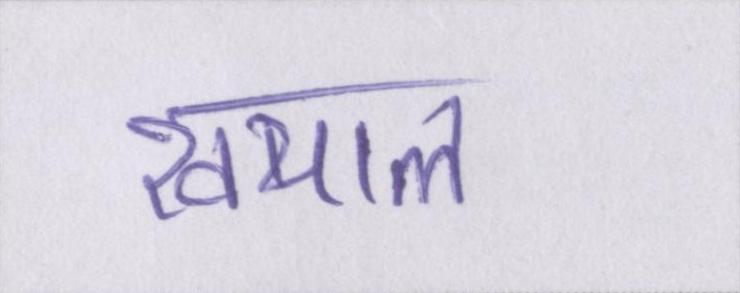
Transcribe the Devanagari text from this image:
खयाल